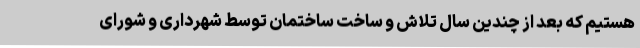
هستیم که بعد از چندین سال تلاش و ساخت ساختمان توسط شهرداری و شورای